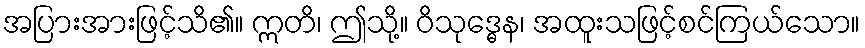
အပြားအားဖြင့်သိ၏။ ဣတိ၊ ဤသို့။ ဝိသုဒ္ဓေန၊ အထူးသဖြင့်စင်ကြယ်သော။